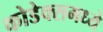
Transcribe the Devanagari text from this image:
कोडेक्समध्ये